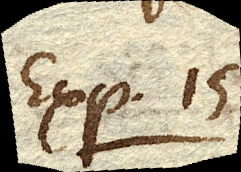
Exp. 15.